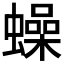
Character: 𧒮